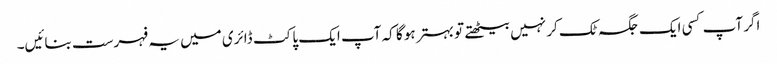
اگر آپ کسی ایک جگہ ٹک کر نہیں بیٹھتے تو بہتر ہو گا کہ آپ ایک پاکٹ ڈائری میں یہ فہرست بنائیں۔